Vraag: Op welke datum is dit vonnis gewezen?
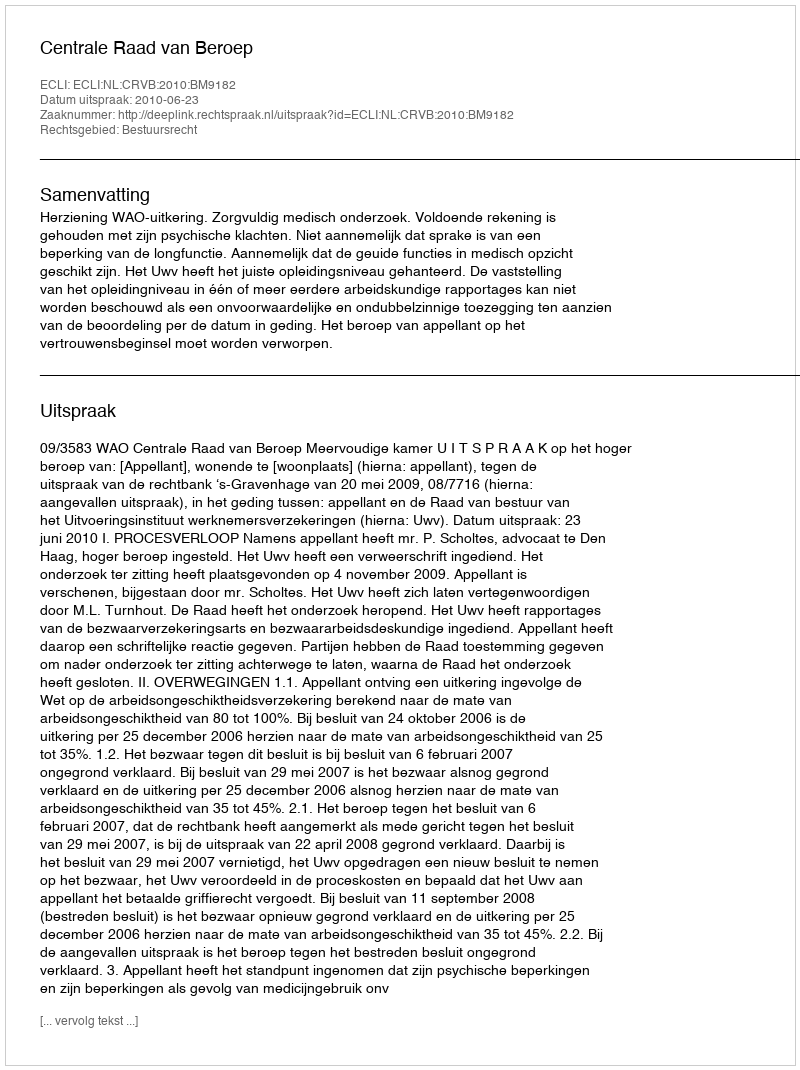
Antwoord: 2010-06-23